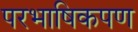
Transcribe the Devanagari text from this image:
परभाषिकपण